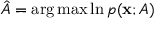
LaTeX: { \hat { A } } = \arg \operatorname* { m a x } \ln p ( \mathbf { x } ; A )